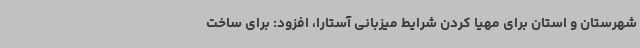
شهرستان و استان برای مهیا کردن شرایط میزبانی آستارا، افزود: برای ساخت